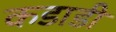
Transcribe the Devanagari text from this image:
कडाडी